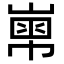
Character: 𡻾